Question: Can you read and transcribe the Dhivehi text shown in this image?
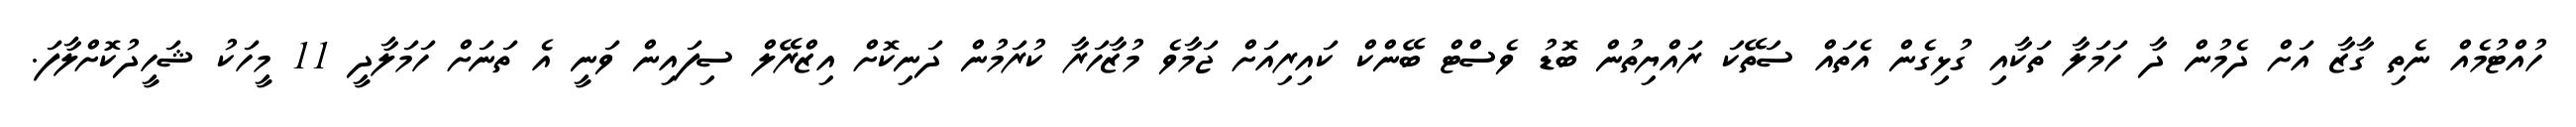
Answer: ހުއްޓުމެއް ނެތި ގާޒާ އަށް ދެމުން ދާ ހަމަލާ ތަކާއި ގުޅިގެން އެތައް ސަތޭކަ ރައްޔިތުން ބޮޑު ވެސްޓް ބޭންކް ކައިރިއަށް ޖަމާވެ މުޒާހަރާ ކުރަމުން ދަނިކޮށް އިޒްރޭލް ސިފައިން ވަނީ އެ ތަނަށް ހަމަލާދީ 11 މީހަކު ޝަހީދުކޮށްލާފަ.